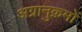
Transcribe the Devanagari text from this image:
अग्रानुक्रमों